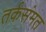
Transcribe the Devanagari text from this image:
तर्कसंमत